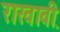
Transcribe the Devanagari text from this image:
राखावी़